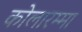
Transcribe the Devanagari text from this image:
कोलारम्मा